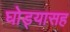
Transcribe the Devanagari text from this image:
घोड्यासह